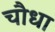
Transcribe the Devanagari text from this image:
चौधा